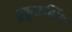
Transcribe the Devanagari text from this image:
हुकूमसिंग